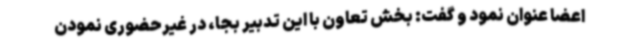
اعضا عنوان نمود و گفت: بخش تعاون با این تدبیر بجا، در غیرحضوری نمودن